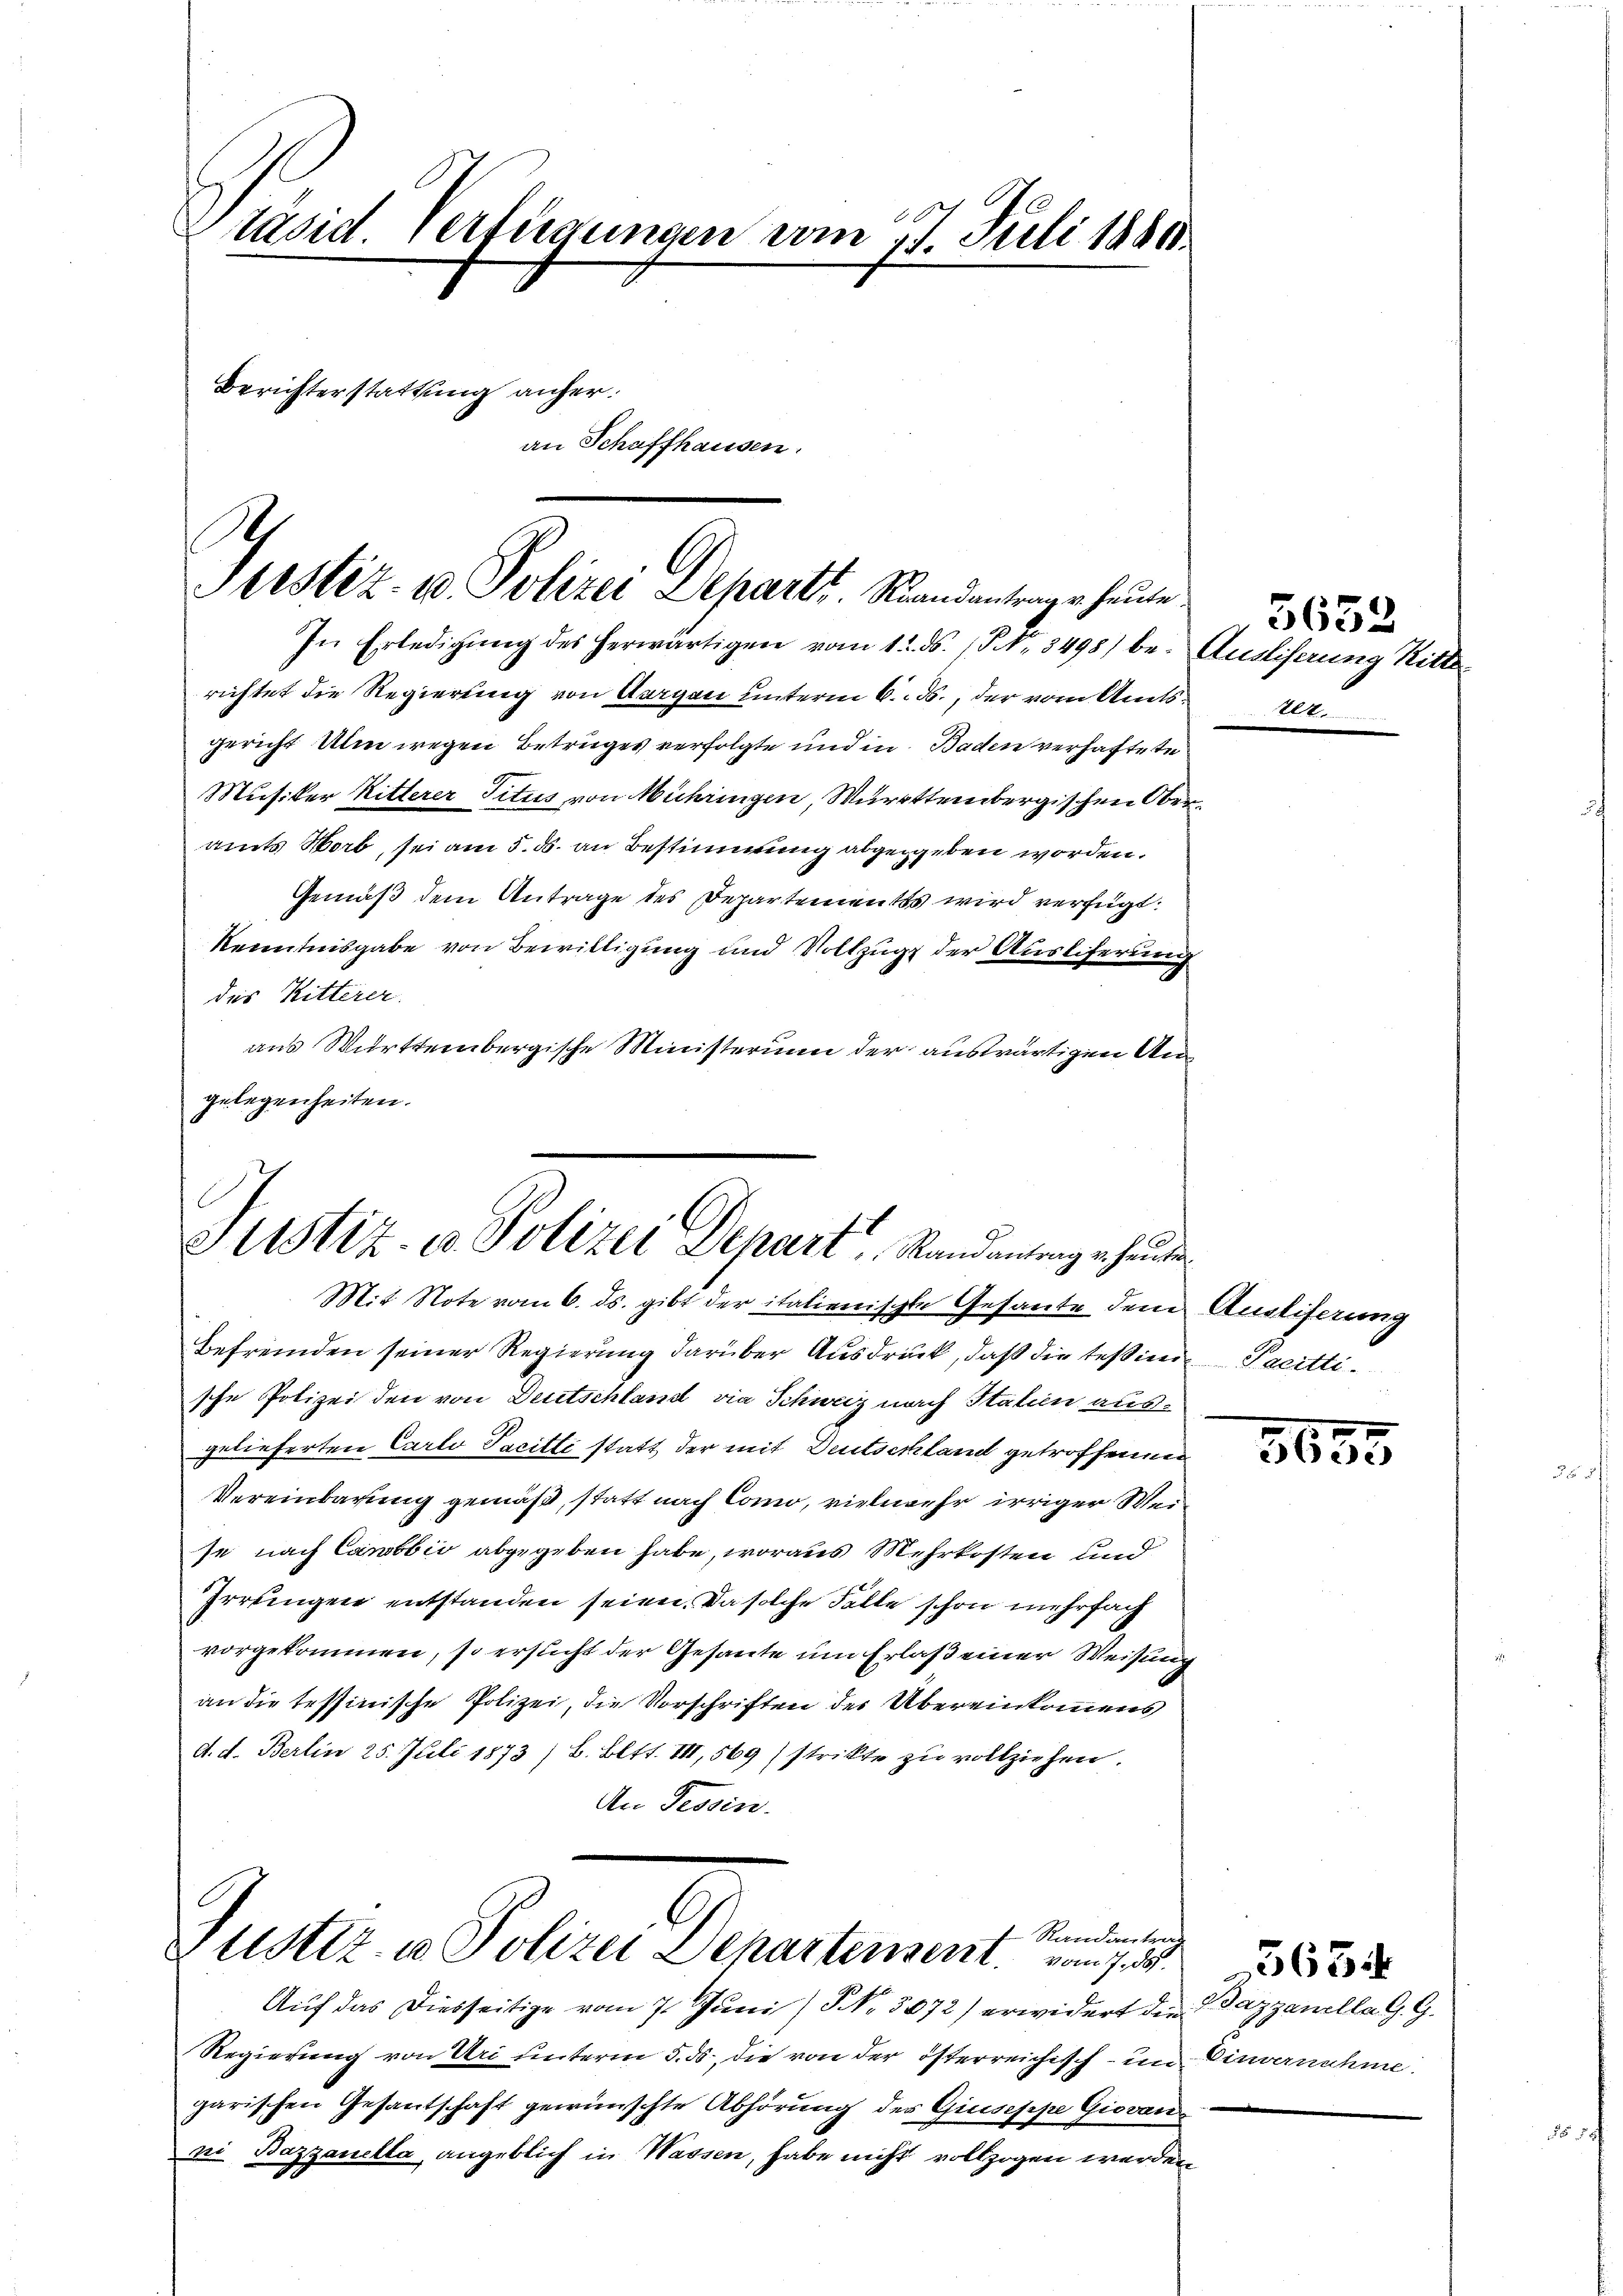
Präsid. Verfügungen vom 17. Juli 18800.
Berichterstattung anher.
an Schaffhausen.

Justiz- u. Polizei Departt. Mandantrage heute

In Erledigŭng des herwärtigen vom 12. ds. (T No. 3498) be- Ausliserung Ritte
richtet die Regierung von Aargau unterm 6. ds., der vom Amtsgericht Ulm wegen Betruges verfolgte und in Baden verhaftete
Musiker Ritterer Titus von Mihringen, Württembergischen Oberamts Worb, sei am 5. ds. an Bestimmung abgegeben worden.
Gemäß dem Antrage des Departements wird verfügt:
Kenntnisgabe von Bewilligung und Vollzugs der Auslieferung
3
des Ritterer
aus Württembergische Ministerium der auswärtigen Angelegenheiten.

Justiz- u. Polizei Depart Standantenge heute
Mit Note vom 6. ds. gibt der italienische Gesante dem

A
Randantrag
Justiz- u Polizei Separtensent. vom 7. d.

befremden seiner Regierung darüber Ausdruck, daß die Tessinen Tacittische Polizei den von Deutschland die Schweiz nach Statien ausgelieferten Carlo Tacitti statt der mit Deutschland getroffenen
Vereinbarung gemäß, statt nach Cano, vielmehr irriger Wese nach Cawbbio abgegeben habe, woraus Mehrkosten und
Irrungen entstanden seien. Da solche Falle schon mehrfach
vorgekommen, so ersucht der Gesante um Erlaß einer Weisung
an die tessinische Polizei, die Vorschriften des Übereinkommens
d. d. Berlin 25. Juli 1873/ B. Bett. III, 569) strikte zu vollziehen.
An Tessin.

Auf das Diesseitige vom 7. Juni / NNo. 3072) erwidert der Bazzanella G. G.
Regierung von Uri unterm 5. ds., die von der österreichisch - im Einvernahme
garischen Gesantschaft gewünschte Abhörung des Giuseppe Giovan
ni Bazzanella angeblich in Wassen, habe nicht vollzogen werden

5632
au

s
Ausliferung

3635

5634